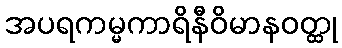
အပရကမ္မကာရိနီဝိမာနဝတ္ထု